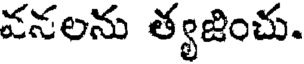
వనలను త్యజించు.